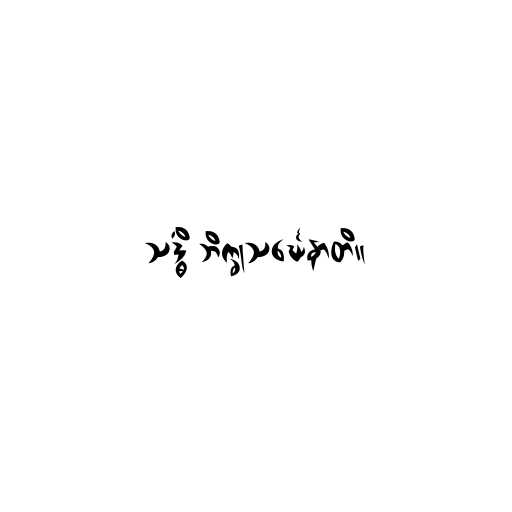
သဒ္ဓိံ ဘိက္ခုသင်္ဃေနာတိ။